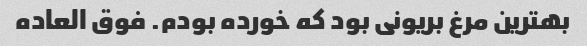
بهترین مرغ بریونی بود که خورده بودم. فوق العاده